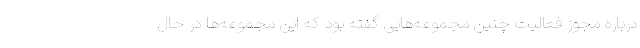
درباره مجوز فعالیت چنین مجموعه‌هایی گفته بود که این مجموعه‌ها در حال